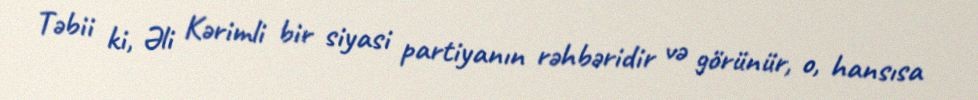
Təbii ki, Əli Kərimli bir siyasi partiyanın rəhbəridir və görünür, o, hansısa